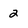
Character: 2